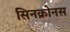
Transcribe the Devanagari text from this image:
सिनक्रोनस